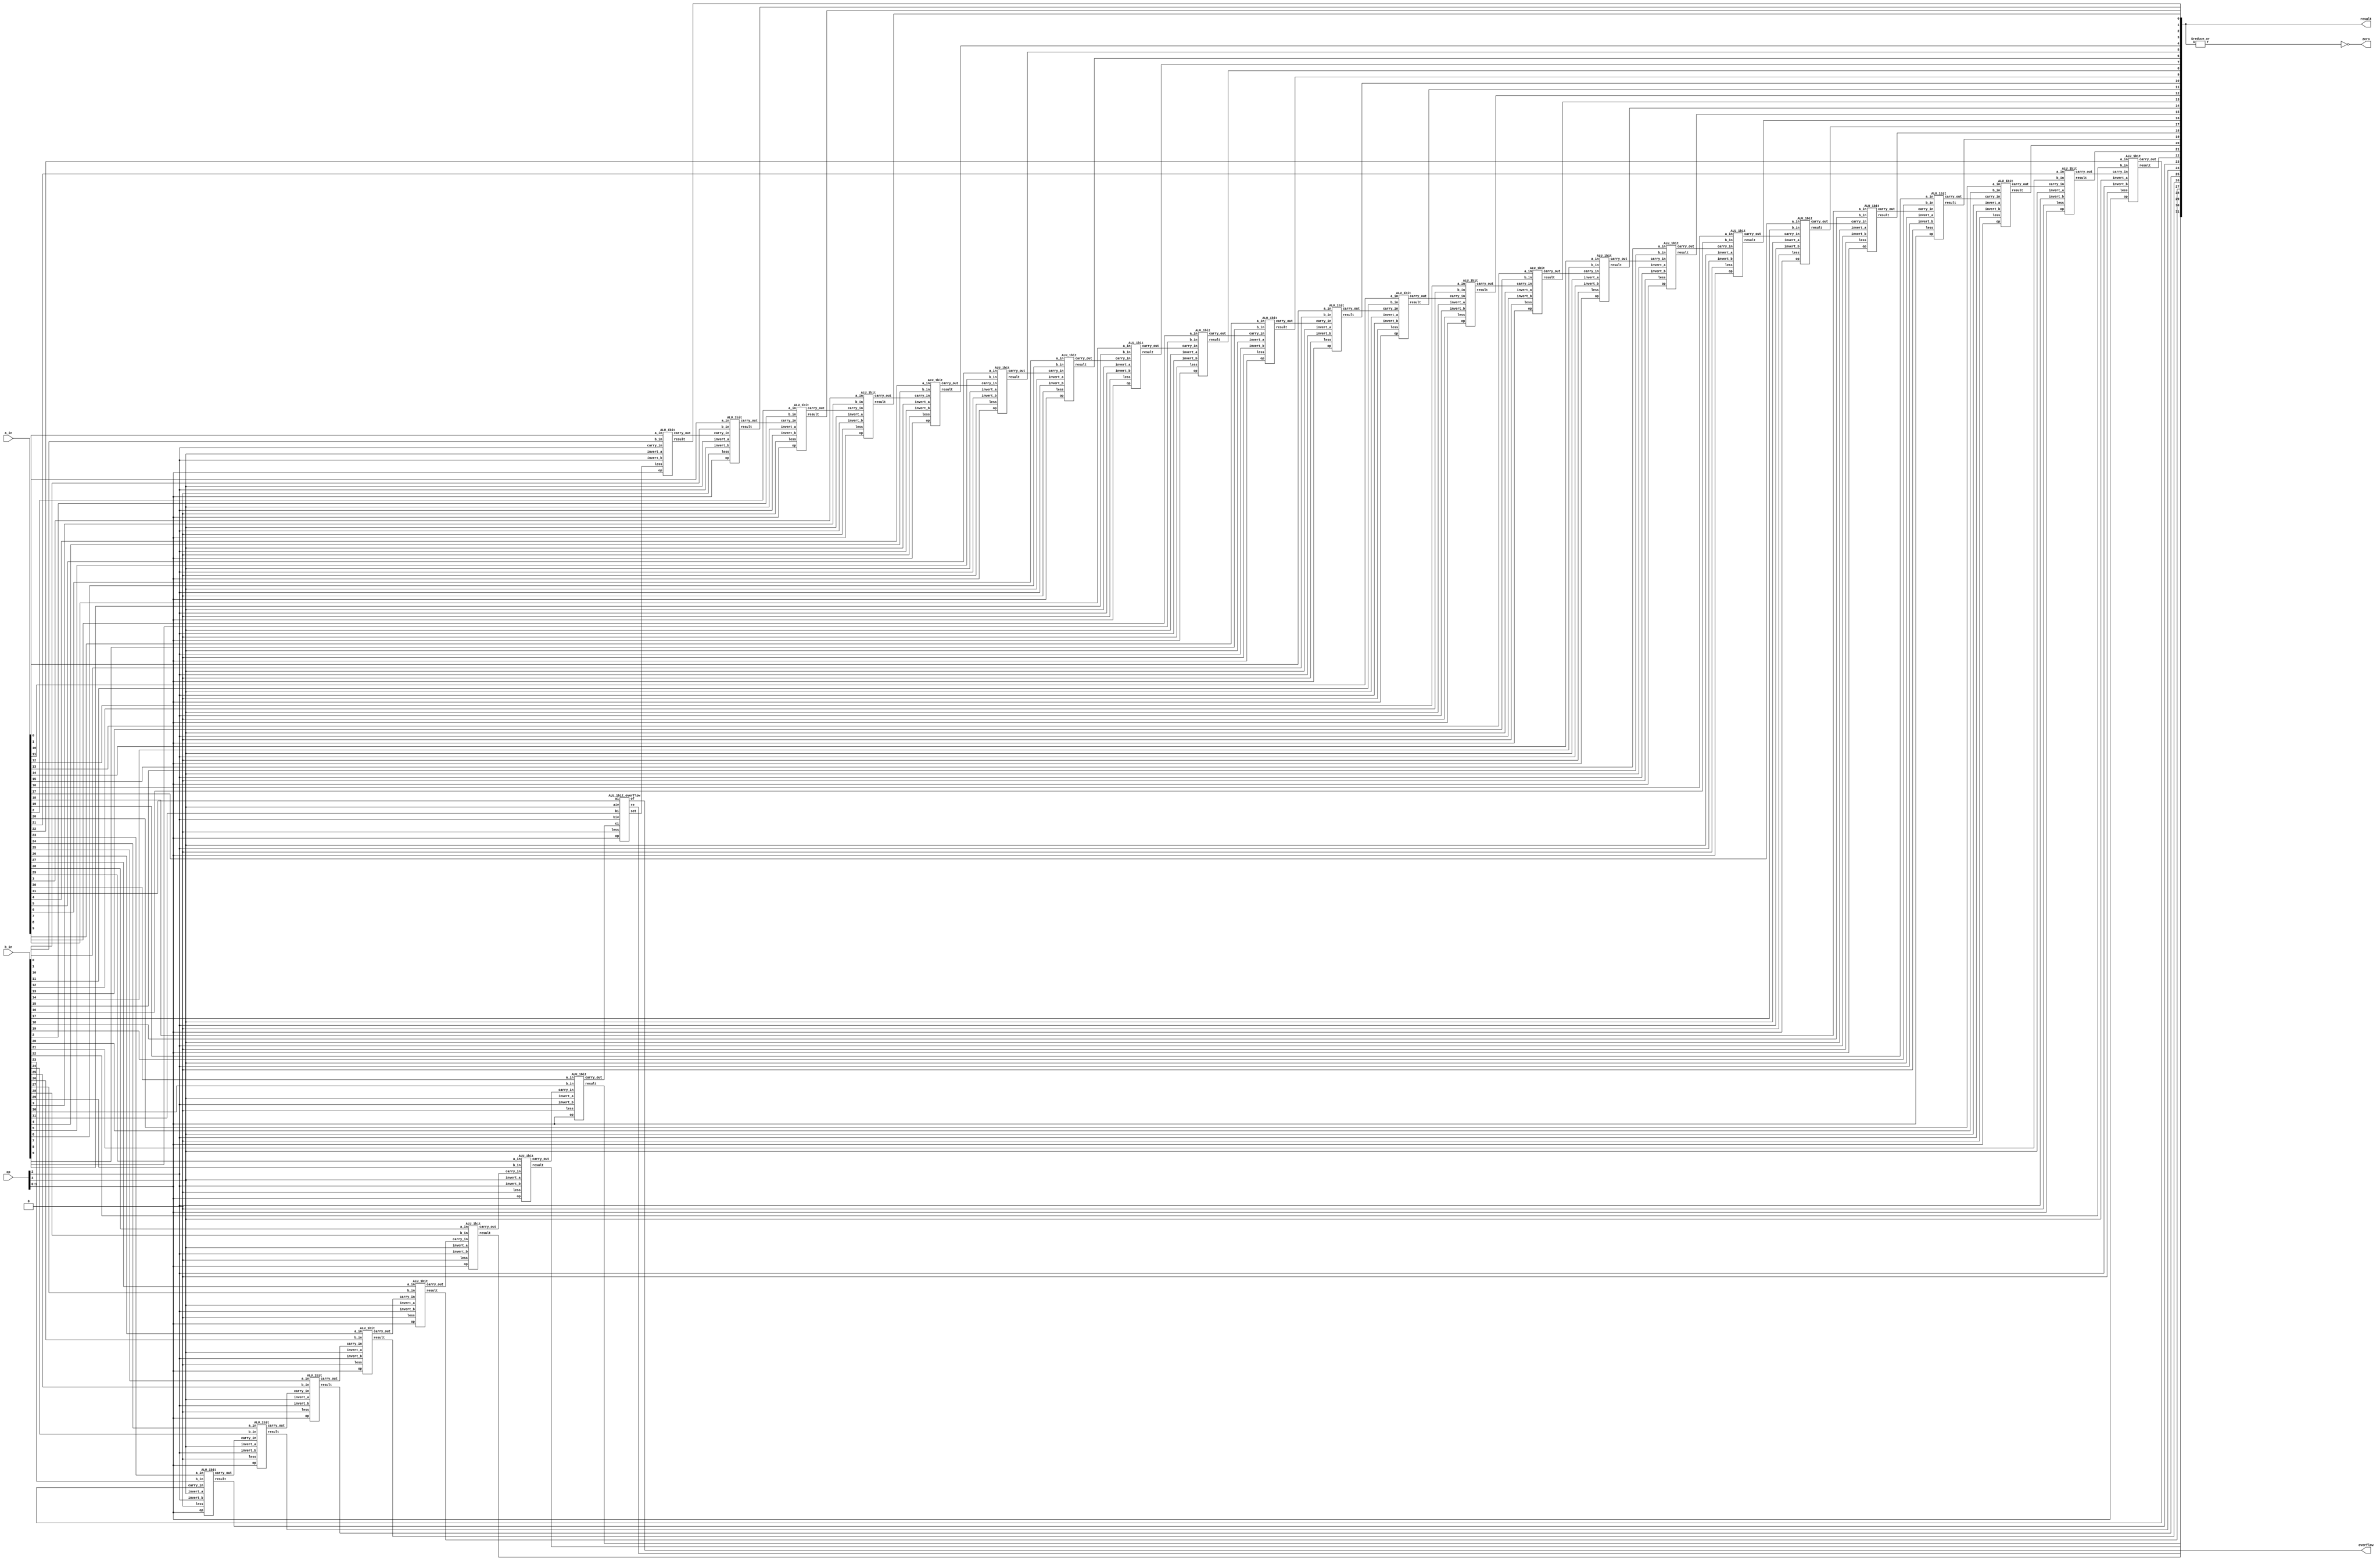
`timescale 1ns / 1ps
module ALU_RCA_32bit(
	input [31:0] a_in,
	input [31:0] b_in,
	input [3:0] op,
	output [31:0] result,
	output zero,
	output overflow
	);
	wire [30:0] co;
	wire set;
		 
	ALU_1bit u0				(a_in[0], 	b_in[0], 	op[2], 	op[3], op[2], set,  op[1:0], result[0], 	co[0]);
	ALU_1bit u1				(a_in[1], 	b_in[1], 	co[0], 	op[3], op[2], 1'b0, op[1:0], result[1], 	co[1]);
	ALU_1bit u2				(a_in[2], 	b_in[2], 	co[1], 	op[3], op[2], 1'b0, op[1:0], result[2], 	co[2]);
	ALU_1bit u3				(a_in[3], 	b_in[3], 	co[2], 	op[3], op[2], 1'b0, op[1:0], result[3], 	co[3]);
	ALU_1bit u4				(a_in[4], 	b_in[4], 	co[3], 	op[3], op[2], 1'b0, op[1:0], result[4], 	co[4]);
	ALU_1bit u5				(a_in[5], 	b_in[5], 	co[4], 	op[3], op[2], 1'b0, op[1:0], result[5], 	co[5]);
	ALU_1bit u6				(a_in[6],	b_in[6], 	co[5], 	op[3], op[2], 1'b0, op[1:0], result[6], 	co[6]);
	ALU_1bit u7				(a_in[7],	b_in[7], 	co[6], 	op[3], op[2], 1'b0, op[1:0], result[7], 	co[7]);
	ALU_1bit u8				(a_in[8], 	b_in[8], 	co[7], 	op[3], op[2], 1'b0, op[1:0], result[8], 	co[8]);
	ALU_1bit u9				(a_in[9], 	b_in[9], 	co[8], 	op[3], op[2], 1'b0, op[1:0], result[9], 	co[9]);
	ALU_1bit u10			(a_in[10], 	b_in[10], 	co[9], 	op[3], op[2], 1'b0, op[1:0], result[10], 	co[10]);
	ALU_1bit u11			(a_in[11], 	b_in[11], 	co[10], 	op[3], op[2], 1'b0, op[1:0], result[11], 	co[11]);
	ALU_1bit u12			(a_in[12], 	b_in[12], 	co[11], 	op[3], op[2], 1'b0, op[1:0], result[12], 	co[12]);
	ALU_1bit u13			(a_in[13], 	b_in[13], 	co[12], 	op[3], op[2], 1'b0, op[1:0], result[13], 	co[13]);
	ALU_1bit u14			(a_in[14], 	b_in[14], 	co[13], 	op[3], op[2], 1'b0, op[1:0], result[14], 	co[14]);
	ALU_1bit u15			(a_in[15], 	b_in[15], 	co[14], 	op[3], op[2], 1'b0, op[1:0], result[15], 	co[15]);
	ALU_1bit u16			(a_in[16], 	b_in[16], 	co[15], 	op[3], op[2], 1'b0, op[1:0], result[16], 	co[16]);
	ALU_1bit u17			(a_in[17], 	b_in[17], 	co[16], 	op[3], op[2], 1'b0, op[1:0], result[17], 	co[17]);
	ALU_1bit u18			(a_in[18], 	b_in[18], 	co[17], 	op[3], op[2], 1'b0, op[1:0], result[18], 	co[18]);
	ALU_1bit u19			(a_in[19], 	b_in[19], 	co[18], 	op[3], op[2], 1'b0, op[1:0], result[19], 	co[19]);
	ALU_1bit u20			(a_in[20], 	b_in[20], 	co[19], 	op[3], op[2], 1'b0, op[1:0], result[20], 	co[20]);
	ALU_1bit u21			(a_in[21], 	b_in[21], 	co[20], 	op[3], op[2], 1'b0, op[1:0], result[21], 	co[21]);
	ALU_1bit u22			(a_in[22], 	b_in[22], 	co[21], 	op[3], op[2], 1'b0, op[1:0], result[22], 	co[22]);
	ALU_1bit u23			(a_in[23], 	b_in[23],	co[22], 	op[3], op[2], 1'b0, op[1:0], result[23], 	co[23]);
	ALU_1bit u24			(a_in[24], 	b_in[24], 	co[23], 	op[3], op[2], 1'b0, op[1:0], result[24], 	co[24]);
	ALU_1bit u25			(a_in[25], 	b_in[25], 	co[24], 	op[3], op[2], 1'b0, op[1:0], result[25], 	co[25]);
	ALU_1bit u26			(a_in[26], 	b_in[26], 	co[25], 	op[3], op[2], 1'b0, op[1:0], result[26], 	co[26]);
	ALU_1bit u27			(a_in[27], 	b_in[27], 	co[26], 	op[3], op[2], 1'b0, op[1:0], result[27], 	co[27]);
	ALU_1bit u28			(a_in[28], 	b_in[28], 	co[27], 	op[3], op[2], 1'b0, op[1:0], result[28], 	co[28]);
	ALU_1bit u29			(a_in[29], 	b_in[29], 	co[28], 	op[3], op[2], 1'b0, op[1:0], result[29], 	co[29]);
	ALU_1bit u30			(a_in[30], 	b_in[30], 	co[29], 	op[3], op[2], 1'b0, op[1:0], result[30], 	co[30]);
	ALU_1bit_overflow u31(a_in[31], 	b_in[31], 	co[30], 	op[3], op[2], 1'b0, op[1:0], result[31], 	set, overflow);
		
	assign zero = ~|result;
		
endmodule

module ALU_1bit(
	input a_in,
	input b_in,
	input carry_in,
	input invert_a,
	input invert_b,
	input less,
	input [1:0] op,
	output result,
	output carry_out
	);
	wire a_out, b_out;
	wire and_out, or_out, sum;
			
	fulladder_1bit fu(a_out, b_out, carry_in, sum, carry_out);
	mux_operation m2(op, and_out, or_out, sum, less, result);
		
	and(and_out, a_out, b_out);
	or(or_out, a_out, b_out);
	xor(a_out, a_in, invert_a);
	xor(b_out, b_in, invert_b);
		
endmodule
	
module ALU_1bit_overflow(
	input ai, 	// a_in			
	input bi, 	// b_in
	input ci, 	// carry_in
	input aiv, 	// a_invert
	input biv, 	// b_invert
	input less,
	input [1:0] op,
	output re, 	// result
	output set,	// less than
	output of 	// overflow
	);
	wire ao, bo, co;
	wire o0,o1,o2;
		
	fulladder_1bit fu(ao, bo, ci, o2, co);
		
	mux_operation m2(op, o0, o1, o2, less, re);
		
	and(o0, ao, bo);
	or(o1, ao, bo);
	xor(ao, ai, aiv);
	xor(bo, bi, biv);
	assign set = of^o2;	//XOR(overflow, result of sum)
	assign of  = ci^co;	//XOR(Cin, Cout)
		
endmodule

module mux_operation(op, a, b, c, d, y);
	input [1:0] op;
	input a, b, c, d;
	output reg y;
		
	always @(*) begin
		case(op)
			0: y = a;
			1: y = b;
			2: y = c;
			3: y = d;
			default: y = 1'bx;
		endcase
	end 

endmodule
	
	
module fulladder_1bit(
	input a,
	input b,
	input ci,
	output s,
	output co
	);
	wire s1,c1,c2;
	half_adder ha1(a,b,s1,c1);
	half_adder ha2(ci,s1,s,c2);
	or(co,c1,c2);
		
endmodule

module half_adder(x,y,s,c);
	input x,y;
	output s,c;
	xor(s,x,y);
	and(c,x,y);
		
endmodule